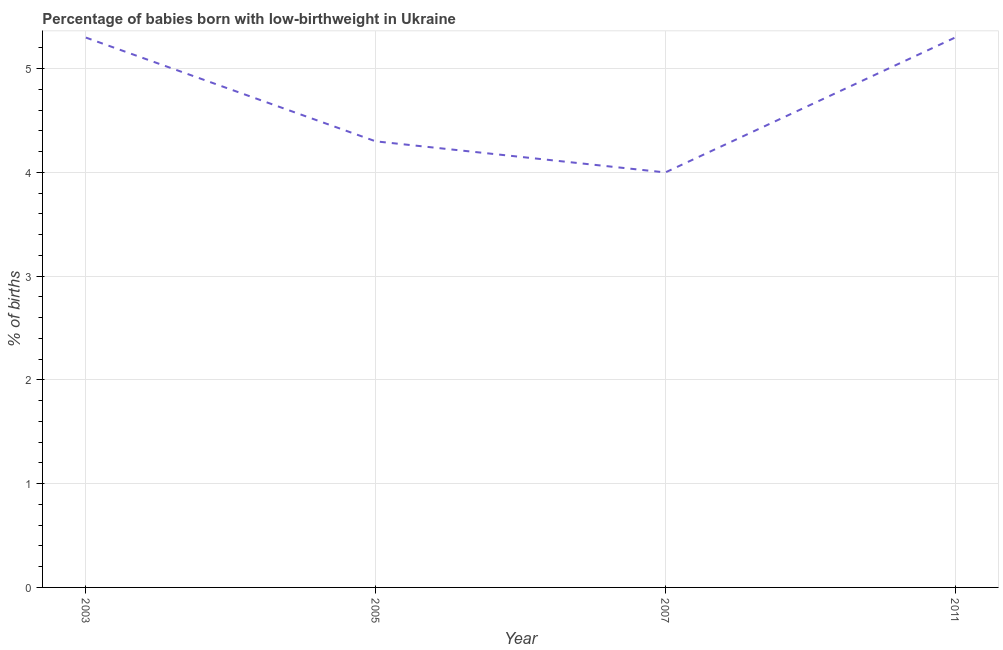
| Year | Low-birthweight babies |
 | --- | --- |
 | 2003 | 5.3 |
 | 2005 | 4.3 |
 | 2007 | 4 |
 | 2011 | 5.3 |